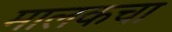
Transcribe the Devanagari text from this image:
मालकचा